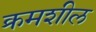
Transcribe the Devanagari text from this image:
क्रमशील